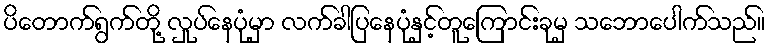
ပိတောက်ရွက်တို့ လှုပ်နေပုံမှာ လက်ခါပြနေပုံနှင့်တူကြောင်းခုမှ သဘောပေါက်သည်။